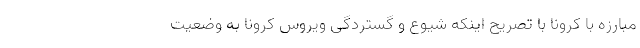
مبارزه با کرونا با تصریح اینکه شیوع و گستردگی ویروس کرونا به وضعیت